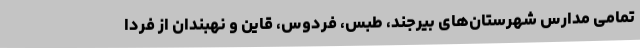
تمامی مدارس شهرستان‌های بیرجند، طبس، فردوس، قاین و نهبندان از فردا